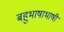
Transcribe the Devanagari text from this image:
बहुभाषाभाषी